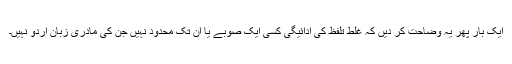
ایک بار پھر یہ وضاحت کر دیں کہ غلط تلفظ کی ادائیگی کسی ایک صوبے یا اُن تک محدود نہیں جن کی مادری زبان اردو نہیں۔